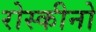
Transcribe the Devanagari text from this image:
रोस्कीनो